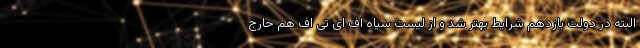
البته در دولت یازدهم شرایط بهتر شد و از لیست سیاه اف ای تی اف هم خارج